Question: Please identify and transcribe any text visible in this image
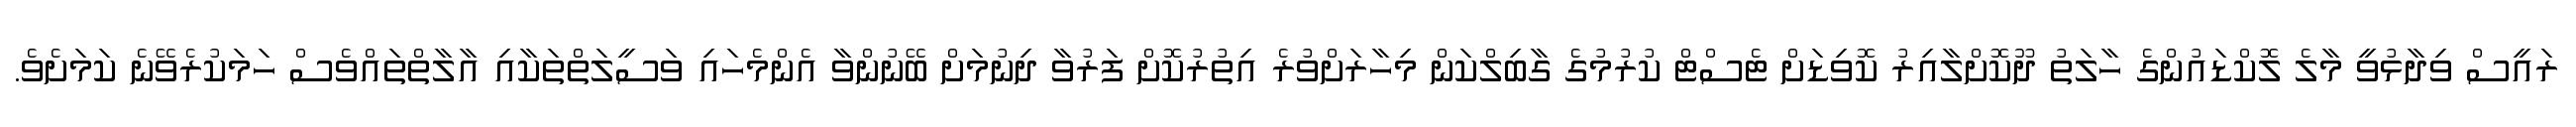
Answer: ރައީސް ވިދާޅުވީ މާލެ ލޮކްޑައުންގެ ހާލަތު ދޫކޮށްލާއިރު ކޮވިޑަށް ޓެސްޓް ކުރުމުގެ ގާބިލްކަން މިހާރަށްވުރެ އިތުރުކޮށް ފަރުވާ ދިނުމަށް ބޭނުންވާ އެންމެހައި ވަސީލަތްތަކާއި އާލާތްތައްވެސް ހަމަކުރެވޭނެ ކަމަށެވެ.